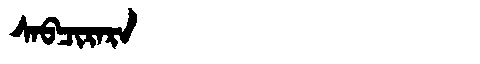
Manchu: ᠰᠠᠪᠴᡳᡵᠠᡵᠠ
Romanization: SABCIRARA